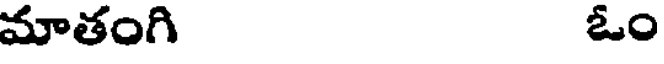
మాతంగి ఓం